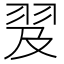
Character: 𦐅